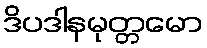
ဒိပဒါနမုတ္တမော